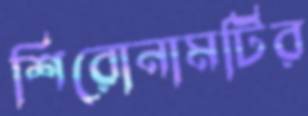
শিরোনামটির